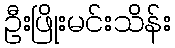
ဦးဖြိုးမင်းသိန်း